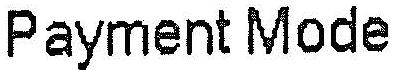
PAYMENT MODE